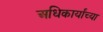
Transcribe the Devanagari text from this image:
अधिकार्यांच्या